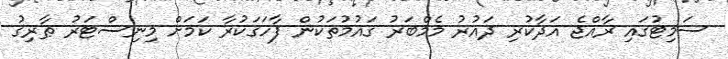
ސަމިޓުގައި ރާއްޖެ އަދާކުރި ދައުރު މެމްބަރު ގައުމުތަކުން ފާހަގަކުރާ ކަމަށް މިނިސްޓަރު ޠާރިޤު